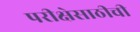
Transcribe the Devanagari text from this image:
परीक्षेसाठीची